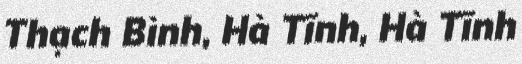
Thạch Bình, Hà Tĩnh, Hà Tĩnh